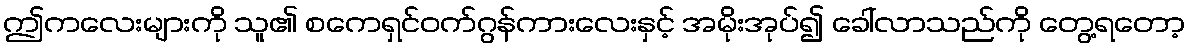
ဤကလေးများကို သူ၏ စကေရှင်ဝက်ဂွန်ကားလေးနှင့် အမိုးအုပ်၍ ခေါ်လာသည်ကို တွေ့ရတော့